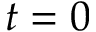
t = 0